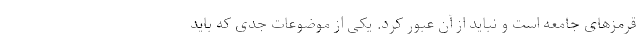
قرمز‌های جامعه است و نباید از آن عبور کرد. یکی از موضوعات جدی که باید